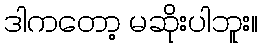
ဒါကတော့ မဆိုးပါဘူး။